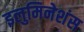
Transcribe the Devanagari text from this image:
इलुमिनेशंस